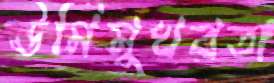
ঊর্মিমুখরতা